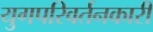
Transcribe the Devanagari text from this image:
युगपरिवर्तनकारी